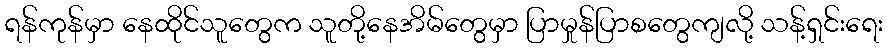
ရန်ကုန်မှာ နေထိုင်သူတွေက သူတို့နေအိမ်တွေမှာ ပြာမှုန်ပြာစတွေကျလို့ သန့်ရှင်းရေး